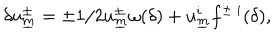
\delta u _ { \underline { { { m } } } } ^ { \pm } = \pm 1 / 2 u _ { \underline { { { m } } } } ^ { \pm } \omega ( \delta ) + u _ { \underline { { { m } } } } ^ { i } f ^ { \pm ~ i } ( \delta ) ,